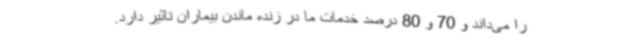
را می‌داند و 70 و 80 درصد خدمات ما در زنده ماندن بیماران تاثیر دارد.